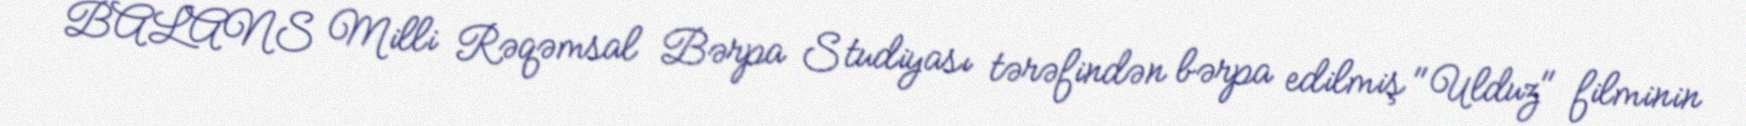
BALANS Milli Rəqəmsal Bərpa Studiyası tərəfindən bərpa edilmiş "Ulduz" filminin